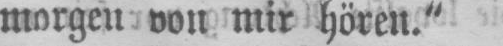
morgen von mir hören.“